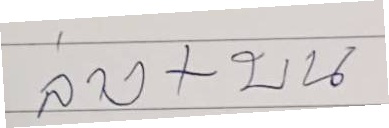
ล่าง+บน